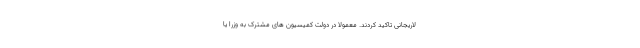
لاریجانی تاکید کردند. معمولا در دولت کمیسیون های مشترک به وزرا یا